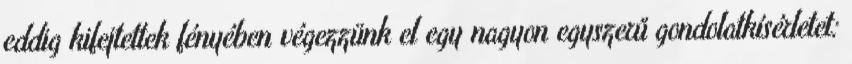
eddig kifejtettek fényében végezzünk el egy nagyon egyszerű gondolatkísérletet: